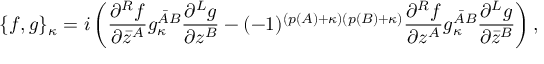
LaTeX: \{ f , g \} _ { \kappa } = i \left( \frac { \partial ^ { R } f } { \partial \bar { z } ^ { A } } g _ { \kappa } ^ { { \bar { A } } B } \frac { \partial ^ { L } g } { \partial z ^ { B } } - ( - 1 ) ^ { ( p ( A ) + \kappa ) ( p ( B ) + \kappa ) } \frac { \partial ^ { R } f } { \partial z ^ { A } } g _ { \kappa } ^ { { \bar { A } } B } \frac { \partial ^ { L } g } { \partial \bar { z } ^ { B } } \right) ,